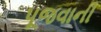
પૂજવાની